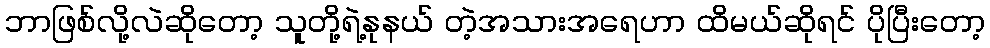
ဘာဖြစ်လို့လဲဆိုတော့ သူတို့ရဲ့နုနယ် တဲ့အသားအရေဟာ ထိမယ်ဆိုရင် ပိုပြီးတော့